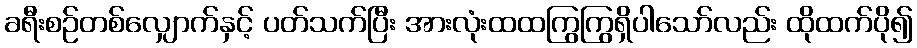
ခရီးစဉ်တစ်လျှောက်နှင့် ပတ်သက်ပြီး အားလုံးထထကြွကြွရှိပါသော်လည်း ထိုထက်ပို၍